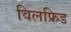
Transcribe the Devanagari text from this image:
विलफ्रिड